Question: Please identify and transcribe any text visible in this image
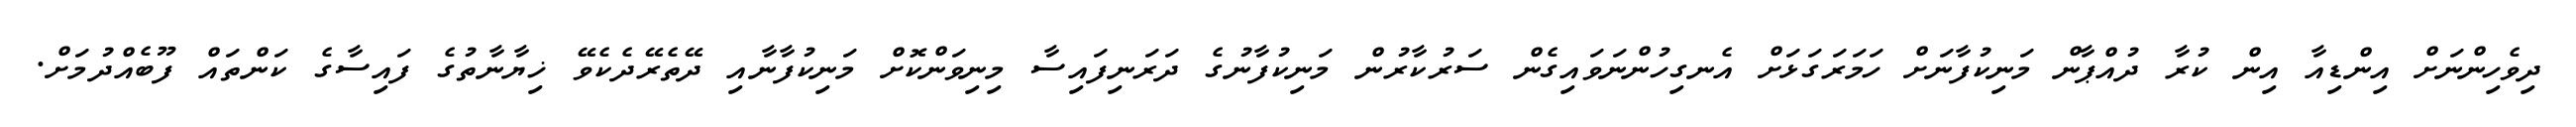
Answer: ދިވެހިންނަށް އިންޑިއާ އިން ކުރާ ދުއްޕާން މަނިކުފާނަށް ހަމަރަގަޅަށް އެނގިހުންނަވައިގެން ސަރުކާރުން މަނިކުފާނުގެ ދަރަނިފައިސާ މިނިވަންކޮށް މަނިކުފާނާއި ދޭތެރޭދެކެވޭ ޚިޔާނާތުގެ ފައިސާގެ ކަންތައް ފޫބެއްދުމަށް.